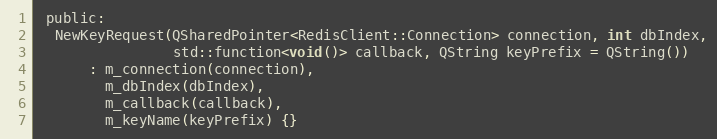
Language: C
 public:
  NewKeyRequest(QSharedPointer<RedisClient::Connection> connection, int dbIndex,
                std::function<void()> callback, QString keyPrefix = QString())
      : m_connection(connection),
        m_dbIndex(dbIndex),
        m_callback(callback),
        m_keyName(keyPrefix) {}